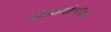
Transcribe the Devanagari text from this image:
मॉआंगोलॉयड